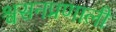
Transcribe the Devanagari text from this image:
श्वसनप्रणाली